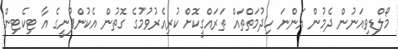
މޯލްޑިވިއަނުން ދެމުން އަންނަ ހިދުމަތްތައް ތަރައްގީކޮށް ކުރިއެރުވުމުގެ ގޮތުން އެކުންފުނީގެ އާ ޓިކެޓިން